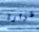
قرارة